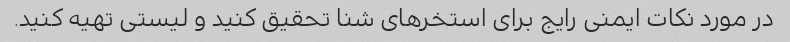
در مورد نکات ایمنی رایج برای استخرهای شنا تحقیق کنید و لیستی تهیه کنید.